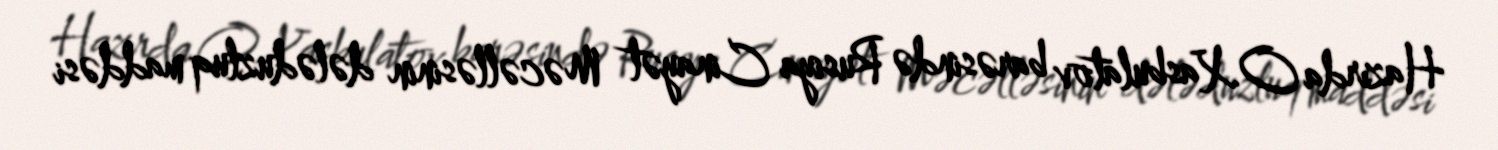
Hazırda O.Xasbulatov barəsində Rusiya Cinayət Məcəlləsinin dələduzluq maddəsi